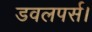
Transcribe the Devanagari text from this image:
डवलपर्स।